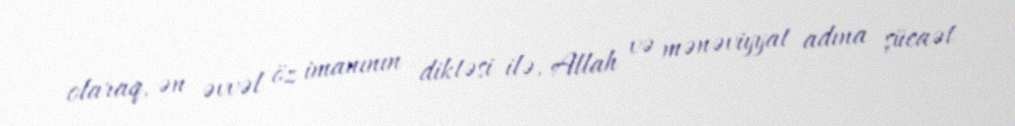
olaraq, ən əvvəl öz imanının diktəsi ilə, Allah və mənəviyyat adına şücaət